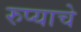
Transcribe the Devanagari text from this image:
रुप्याचे